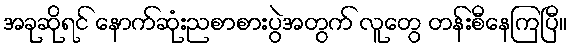
အခုဆိုရင် နောက်ဆုံးညစာစားပွဲအတွက် လူတွေ တန်းစီနေကြပြီ။